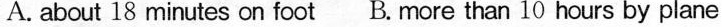
A.about 18 minutes on foot B.more than10 hours by plane